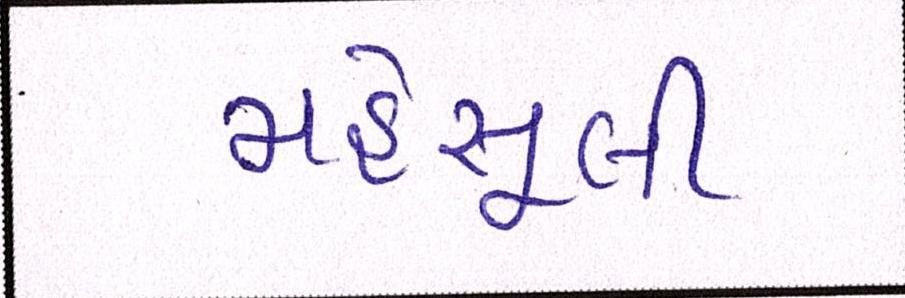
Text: મહેસૂલી